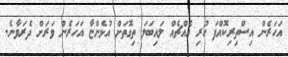
އަހަރެން އިސްތިރިކޮއްފަ ހުރި އެއްޗެއް ލައިބަލަ ތިގޮތަށް އުޅެންޏާ އަހަރެން ވަރަށް ދެރަވާނެ.